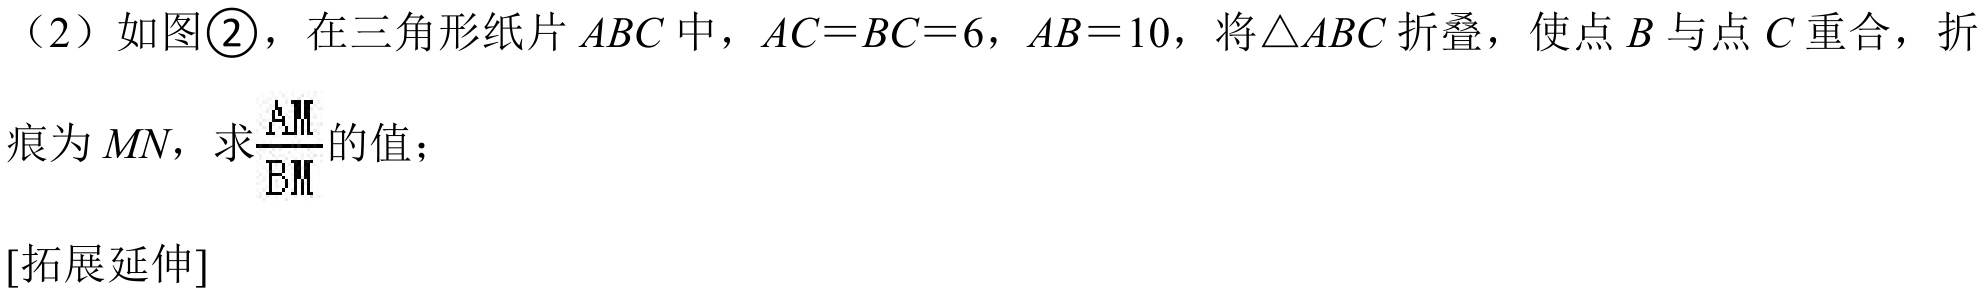
(2) 如图\textcircled{2}，在三角形纸片 \(ABC\) 中，\(AC = BC = 6\)，\(AB = 10\)，将\(\triangle ABC\) 折叠，使点 \(B\) 与点 \(C\) 重合，折
痕为 \(MN\)，求\(\frac{AM}{BM}\)的值；
[拓展延伸]